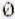
0